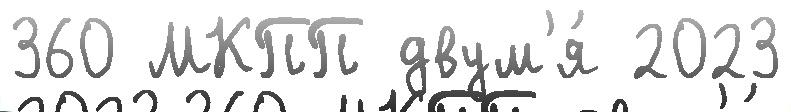
360 МКПП двум'я́ 2023